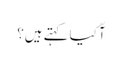
آّ کیا کہتے ہیں؟